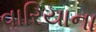
વારિયાના